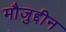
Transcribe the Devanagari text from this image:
मौजुद्दीन